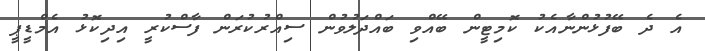
އެ ދެ ބޭފުޅުންނާއެކު ކޮމިޓީން ބޭއްވި ބައްދަލުވުން ސިއްރުކުރަން ފާސްކުރީ އިދިކޮޅު އެމްޑީޕީ